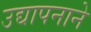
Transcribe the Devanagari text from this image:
उद्यापनाने